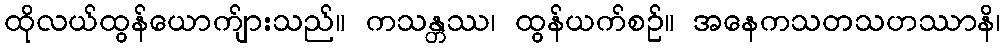
ထိုလယ်ထွန်ယောက်ျားသည်။ ကသန္တဿ၊ ထွန်ယက်စဉ်။ အနေကသတသဟဿာနိ၊